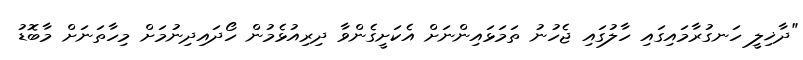
"ދާޚިލީ ހަނގުރާމައިގައި ހާލުގައި ޖެހުނު ތަމަޅައިންނަށް އެކަށީގެންވާ ދިރިއުޅެމުން ހޯދައިދިނުމަށް މިހާތަނަށް މާބޮޑު